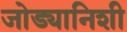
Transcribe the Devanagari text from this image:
जोड्यानिशी